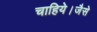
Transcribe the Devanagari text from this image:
चाहिये।जैसे